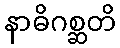
နာဓိဂစ္ဆတိ